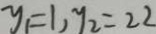
y _ { 1 } = 1 , y _ { 2 } = 2 2